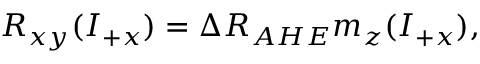
R _ { x y } ( I _ { + x } ) = \Delta R _ { A H E } m _ { z } ( I _ { + x } ) ,